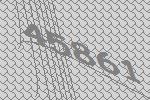
45861